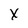
Character: X